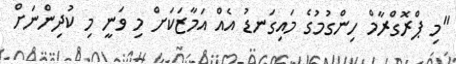
"މި ޕްރޮގްރާމް ހިންގުމުގެ މައިގަނޑު އެއް އަމާޒަކަށް މި ވަނީ މި ކުދިންނަށް